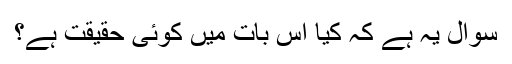
سوال یہ ہے کہ کیا اس بات میں کوئی حقیقت ہے؟